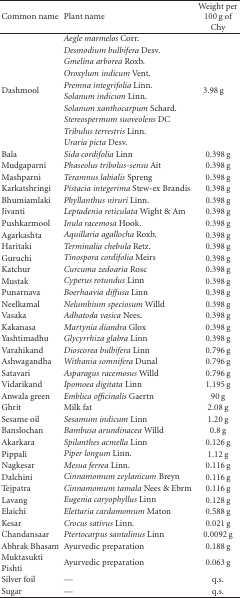
<table><thead><tr><td><b>Common name</b></td><td><b>Plant name</b></td><td><b>Weight per 100 g of Chy</b></td></tr></thead><tbody><tr><td rowspan="10">Dashmool</td><td><i>Aegle marmelos</i> Corr.</td><td rowspan="10">3.98 g</td></tr><tr><td><i>Desmodium bulbifera</i> Desv.</td></tr><tr><td><i>Gmelina arborea</i> Roxb.</td></tr><tr><td><i>Oroxylum indicum</i> Vent.</td></tr><tr><td><i>Premna integrifolia</i> Linn.</td></tr><tr><td><i>Solanum indicum</i> Linn.</td></tr><tr><td><i>Solanum xanthocarpum</i> Schard.</td></tr><tr><td><i>Stereospermum suoveolens</i> DC</td></tr><tr><td><i>Tribulus terrestris</i> Linn.</td></tr><tr><td><i>Uraria picta</i> Desv.</td></tr><tr><td>Bala</td><td><i>Sida cordifolia</i> Linn</td><td>0.398 g</td></tr><tr><td>Mudgaparni</td><td><i>Phaseolus tribolus-sensu</i> Ait</td><td>0.398 g</td></tr><tr><td>Mashparni</td><td><i>Teramnus labialis</i> Spreng</td><td>0.398 g</td></tr><tr><td>Karkatshringi</td><td><i>Pistacia integerima</i> Stew-ex Brandis</td><td>0.398 g</td></tr><tr><td>Bhumiamlaki</td><td><i>Phyllanthus niruri</i> Linn.</td><td>0.398 g</td></tr><tr><td>Jivanti</td><td><i>Leptadenia reticulata</i> Wight &amp; Am</td><td>0.398 g</td></tr><tr><td>Pushkarmool</td><td><i>Inula racemosa</i> Hook.</td><td>0.398 g</td></tr><tr><td>Agarkashta</td><td><i>Aquillaria agallocha</i> Roxb.</td><td>0.398 g</td></tr><tr><td>Haritaki</td><td><i>Terminalia chebula</i> Retz.</td><td>0.398 g</td></tr><tr><td>Guruchi</td><td><i>Tinospora cordifolia</i> Meirs</td><td>0.398 g</td></tr><tr><td>Katchur</td><td><i>Curcuma zedoaria</i> Rosc</td><td>0.398 g</td></tr><tr><td>Mustak</td><td><i>Cyperus rotundus</i> Linn</td><td>0.398 g</td></tr><tr><td>Punarnava</td><td><i>Boerhaavia diffusa</i> Linn</td><td>0.398 g</td></tr><tr><td>Neelkamal</td><td><i>Nelumbium speciosum</i> Willd</td><td>0.398 g</td></tr><tr><td>Vasaka</td><td><i>Adhatoda vasica</i> Nees.</td><td>0.398 g</td></tr><tr><td>Kakanasa</td><td><i>Martynia diandra</i> Glox</td><td>0.398 g</td></tr><tr><td>Yashtimadhu</td><td><i>Glycyrrhiza glabra</i> Linn</td><td>0.398 g</td></tr><tr><td>Varahikand</td><td><i>Dioscorea bulbifera</i> Linn</td><td>0.796 g</td></tr><tr><td>Ashwagandha</td><td><i>Withania somnifera</i> Dunal</td><td>0.796 g</td></tr><tr><td>Satavari</td><td><i>Asparagus racemosus</i> Willd</td><td>0.796 g</td></tr><tr><td>Vidarikand</td><td><i>Ipomoea digitata</i> Linn</td><td>1.195 g</td></tr><tr><td>Anwala green</td><td><i>Emblica officinalis</i> Gaertn</td><td>90 g</td></tr><tr><td>Ghrit</td><td>Milk fat</td><td>2.08 g</td></tr><tr><td>Sesame oil</td><td><i>Sesamum indicum</i> Linn</td><td>1.20 g</td></tr><tr><td>Banslochan</td><td><i>Bambusa arundinacea</i> Willd</td><td>0.8 g</td></tr><tr><td>Akarkara</td><td><i>Spilanthes acmella</i> Linn</td><td>0.126 g</td></tr><tr><td>Pippali</td><td><i>Piper longum</i> Linn.</td><td>1.12 g</td></tr><tr><td>Nagkesar</td><td><i>Mesua ferrea</i> Linn.</td><td>0.116 g</td></tr><tr><td>Dalchini</td><td><i>Cinnamomum zeylanicum</i> Breyn</td><td>0.116 g</td></tr><tr><td>Tejpatra</td><td><i>Cinnamomum tamala</i> Nees &amp; Ebrm</td><td>0.116 g</td></tr><tr><td>Lavang</td><td><i>Eugenia caryophyllus</i> Linn</td><td>0.128 g</td></tr><tr><td>Elaichi</td><td><i>Elettaria cardamomum</i> Maton</td><td>0.588 g</td></tr><tr><td>Kesar</td><td><i>Crocus sativus</i> Linn.</td><td>0.021 g</td></tr><tr><td>Chandansaar</td><td><i>Ptertocarpus santalinus</i> Linn</td><td>0.0092 g</td></tr><tr><td>Abhrak Bhasam</td><td>Ayurvedic preparation</td><td>0.188 g</td></tr><tr><td>Muktasukti Pishti</td><td>Ayurvedic preparation</td><td>0.063 g</td></tr><tr><td>Silver foil</td><td><i>—</i></td><td>q.s.</td></tr><tr><td>Sugar</td><td><i>—</i></td><td>q.s.</td></tr></tbody></table>